Scientific memoirs by medical officers of the Army of India - Part X,
Year: 1897
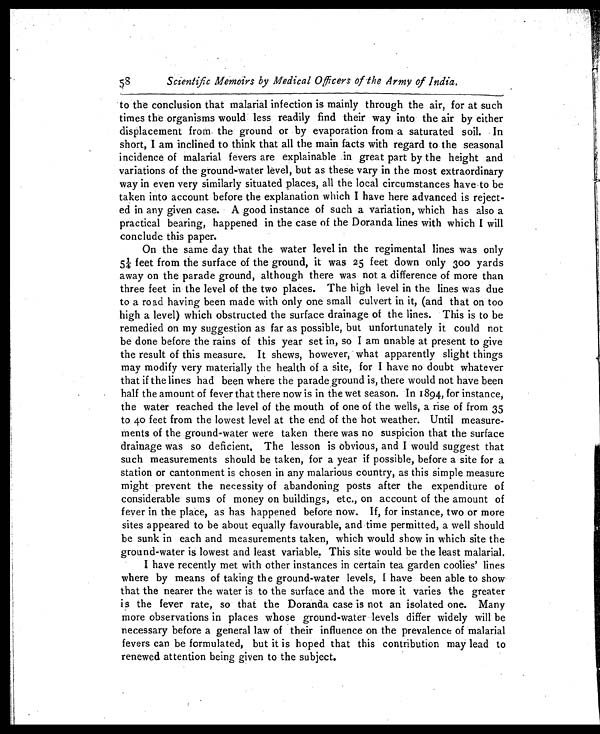
58 Scientific Memoirs by Medical Officers of the Army of India.
to the conclusion that malarial infection is mainly through the air, for at such
times the organisms would : less readily find their way into the air by either
displacement from the ground or by evaporation from a saturated soil. In
short, I am inclined to think that all the main facts with regard to the seasonal
incidence of malarial fevers are explainable in great part by the height and
variations of the ground-water level, but as these vary in the most extraordinary
way in even very similarly situated places, all the local circumstances have to be
taken into account before the explanation which I have here advanced is reject-
ed in any given case. A good instance of such a variation, which has also a
practical bearing, happened in the case of the Doranda lines with which I will
conclude this paper.
On the same day that the water level in the regimental lines was only
5¼ feet from the surface of the ground, it was 25 feet down only 300 yards
away on the parade ground, although there was not a difference of more than
three feet in the level of the two places. The high level in the lines was due
to a road having been made with only one small culvert in it, (and that on too
high a level) which obstructed the surface drainage of the lines. This is to be
remedied on my suggestion as far as possible, but unfortunately it could not
be done before the rains of this year set in, so I am unable at present to give
the result of this measure. It shews, however, what apparently slight things
may modify very materially the health of a site, for I have no doubt whatever
that if the lines had been where the parade ground is, there would not have been
half the amount of fever that there now is in the wet season. In 1894, for instance,
the water reached the level of the mouth of one of the wells, a rise of from 35
to 40 feet from the lowest level at the end of the hot weather. Until measure-
ments of the ground-water were taken there was no suspicion that the surface
drainage was so deficient. The lesson is obvious, and I would suggest that
such measurements should be taken, for a year if possible, before a site for a
station or cantonment is chosen in any malarious country, as this simple measure
might prevent the necessity of abandoning posts after the expenditure of
considerable sums of money on buildings, etc., on account of the amount of
fever in the place, as has happened before now. If, for instance, two or more
sites appeared to be about equally favourable, and time permitted, a well should
be sunk in each and measurements taken, which would show in which site the
ground-water is lowest and least variable. This site would be the least malarial.
I have recently met with other instances in certain tea garden coolies' lines
where by means of taking the ground-water levels, I have been able to show
that the nearer the water is to the surface and the more it varies the greater
is the fever rate, so that the Doranda case is not an isolated one. Many
more observations in places whose ground-water levels differ widely will be
necessary before a general law of their influence on the prevalence of malarial
fevers can be formulated, but it is hoped that this contribution may lead to
renewed attention being given to the subject.